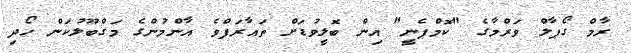
ރާމް ގޯޕާލް ވަރްމާގެ "ކޮމްޕެނީ" އިން ބޮލީވުޑަށް ތައާރަފްވެ އާންމުންގެ މަގްބޫލުކަން ހޯދި